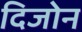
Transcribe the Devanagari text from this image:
दिजोन